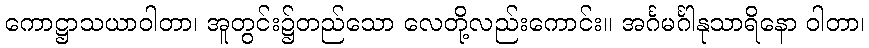
ကောဋ္ဌာသယာဝါတာ၊ အူတွင်း၌တည်သော လေတို့လည်းကောင်း။ အင်္ဂမင်္ဂါနုသာရိနော ဝါတာ၊